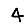
Digit: 4